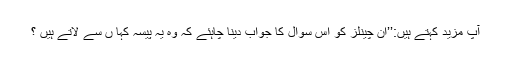
آپ مزید کہتے ہیں:’’ان چینلز کو اس سوال کا جواب دینا چاہئے کہ وہ یہ پیسہ کہا ں سے لاتے ہیں ؟